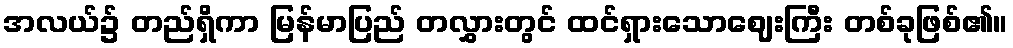
အလယ်၌ တည်ရှိကာ မြန်မာပြည် တလွှားတွင် ထင်ရှားသောဈေးကြီး တစ်ခုဖြစ်၏။